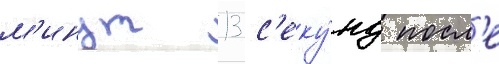
м'инут 13 с'еку́нд посл'е